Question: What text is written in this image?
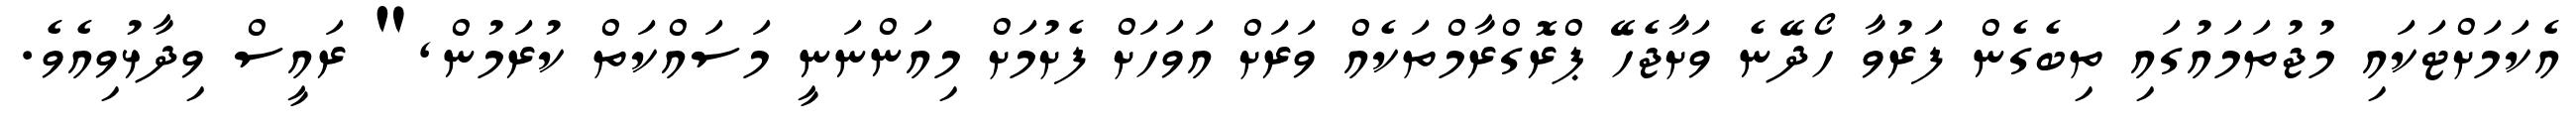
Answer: އެކަމަށްޓަކައި މުޖުތަމައުގައި ތިބެގެން ފަރުވާ ހޯދޭނެ ވަށާޖެހޭ ޕްރޮގްރާމްތަކެއް ވަރަށް އަވަހަށް ފެށުމަށް މިއަންނަނީ މަސައްކަތް ކުރަމުން," ރައީސް ވިދާޅުވިއެވެ.